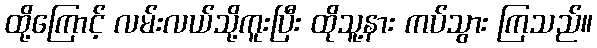
ထို့ကြောင့် လမ်းလယ်သို့ကူးပြီး ထိုသူ့နား ကပ်သွား ကြသည်။